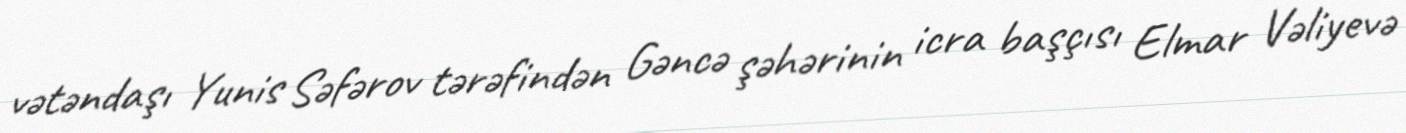
vətəndaşı Yunis Səfərov tərəfindən Gəncə şəhərinin icra başçısı Elmar Vəliyevə